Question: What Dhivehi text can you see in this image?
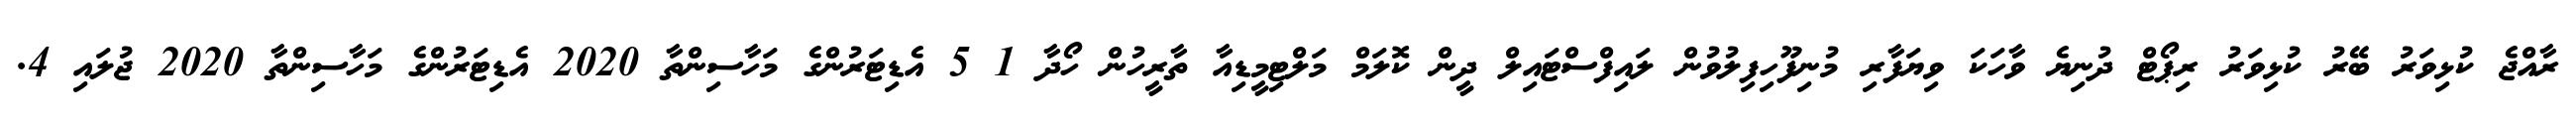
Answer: ރާއްޖެ ކުޅިވަރު ބޭރު ކުޅިވަރު ރިޕޯޓް ދުނިޔެ ވާހަކަ ވިޔަފާރި މުނިފޫހިފިލުވުން ލައިފްސްޓައިލް ދީން ކޮލަމް މަލްޓިމީޑިއާ ތާރީހުން ހޯދާ 1 5 އެޑިޓަރުންގެ މަހާސިންތާ 2020 އެޑިޓަރުންގެ މަހާސިންތާ 2020 ޖުލައި 4.